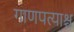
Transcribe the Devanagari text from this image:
गाणपत्याश्च